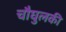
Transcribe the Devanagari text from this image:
चौघुलकी